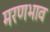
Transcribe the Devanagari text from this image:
मरणभाव